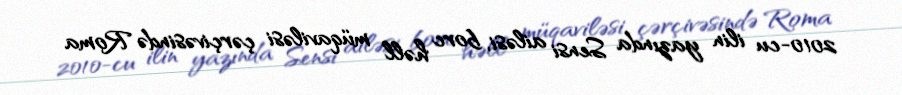
2010-cu ilin yazında Sensi ailəsi, borc həll müqaviləsi çərçivəsində Roma